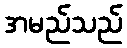
အမည်သည်